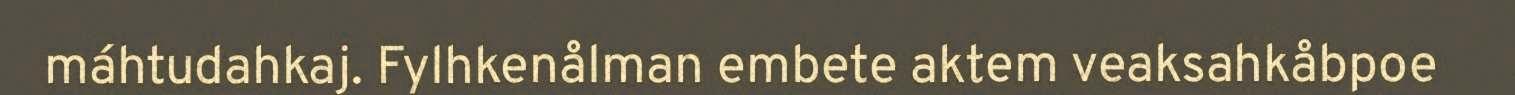
máhtudahkaj. Fylhkenålman embete aktem veaksahkåbpoe